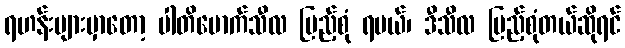
ရဟန်းများမှာတော့ ပါတိမောက်သီလ ပြည့်စုံ ရမယ်၊ ဒီသီလ ပြည့်စုံတယ်ဆိုရင်